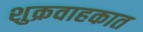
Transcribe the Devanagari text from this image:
शुक्रवाहकात